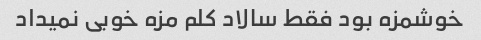
خوشمزه بود فقط سالاد کلم مزه خوبی نمیداد